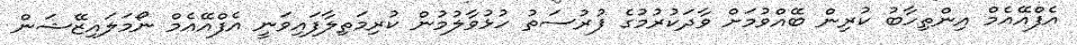
އެފްއޭއެމް އިންތިހާބު ކުރިން ބޭއްވުމަށް ވާދަކުރުމުގެ ފުރުސަތު ހުޅުވާލުމުން ކުރިމަތިލާފައިވަނީ އެފްއޭއެމް ނޯމަލައިޒޭޝަން